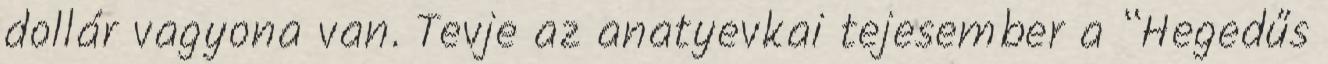
dollár vagyona van. Tevje az anatyevkai tejesember a “Hegedűs